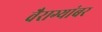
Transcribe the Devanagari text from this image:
वैराग्यांबर